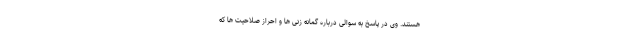
هستند. وی در پاسخ به سوالی درباره گمانه زنی ها و احراز صلاحیت ها که